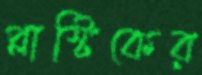
প্লাস্টিকের